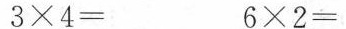
3×4= 6×2=